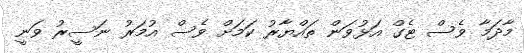
މާދަމާ ވެސް ޓެގް އަޅުވަން ތައްޔާރު ކަމަށް ވެސް އުމަރު ނަސީރު ވަނީ